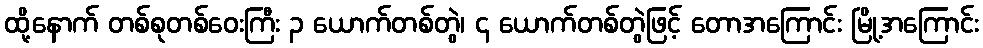
ထို့နောက် တစ်စုတစ်ဝေးကြီး ၃ ယောက်တစ်တွဲ၊ ၄ ယောက်တစ်တွဲဖြင့် တောအကြောင်း မြို့အကြောင်း